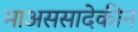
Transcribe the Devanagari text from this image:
माअससादेकीन